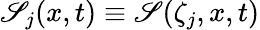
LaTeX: \mathscr{S}_{j}(x,t)\equiv\mathscr{S}(\zeta_{j},x,t)